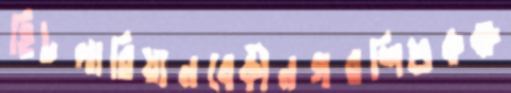
হিটলারিয়ানবেকীনগরশিশুকক্ষ